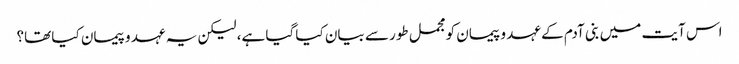
اس آیت میں بنی آدم کے عہد و پیمان کو مجمل طور سے بیان کیا گیا ہے، لیکن یہ عہد و پیمان کیا تھا؟